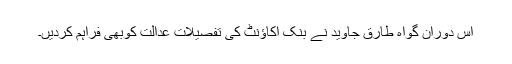
اس دوران گواہ طارق جاوید نے بنک اکاﺅنٹ کی تفصیلات عدالت کوبھی فراہم کردیں۔